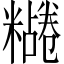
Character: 𫃔